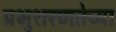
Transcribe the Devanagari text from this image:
प्रभुशरणतेच्या